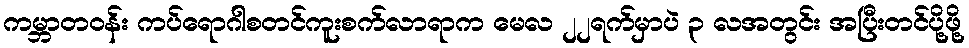
ကမ္ဘာတဝန်း ကပ်ရောဂါစတင်ကူးစက်လာရာက မေလ ၂၂ရက်မှာပဲ ၃ လအတွင်း အပြီးတင်ပို့ဖို့